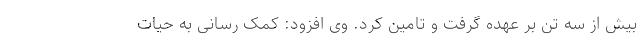
بیش از سه تن بر عهده گرفت و تامین کرد. وی افزود: کمک رسانی به حیات